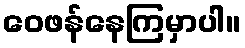
ဝေဖန်နေကြမှာပါ။